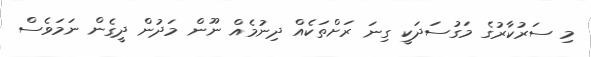
މި ސަރުކާރުގެ މަގުސަދަކީ ގިނަ ރަށްތަކެއް ދިނުމެއް ނޫން މަދުން ދީގެން ނަމަވެސް